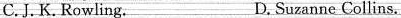
C.J. K. Rowling. D. Suzanne Collins.